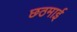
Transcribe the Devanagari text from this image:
छठमाई